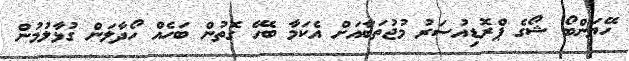
ހޭޔަންބޯ ޝޯގެ ޕްރޮޑިއުސަރު މުޖުތަބާއަށް އެކަމާ ބެހޭ ގޮތުން ބަހެއް ހޯދާލަން ގުޅާލުމުން